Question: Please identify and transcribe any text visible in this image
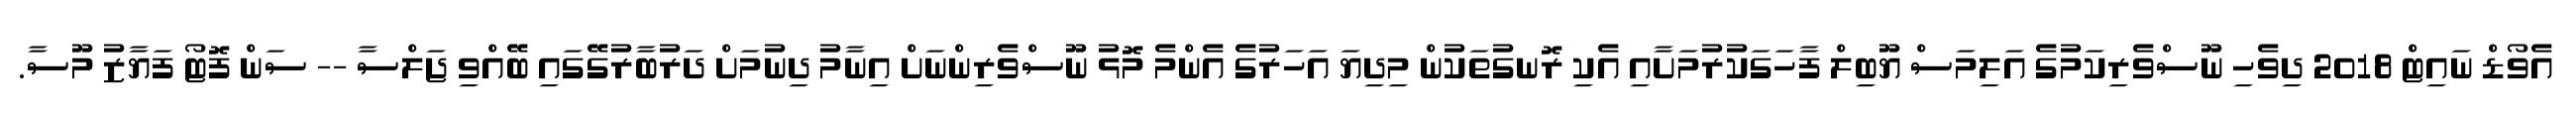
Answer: އެވޯޑް ނައިޓް 2018 ދިވެހި ނޫސްވެރިކަމުގެ އަލިމަސް ޔޫބިލް ފާހަގަކުރުމަށާއި އެކި ރޮނގުތަކުން މިދިޔަ އަހަރުގެ އެންމެ މޮޅު ނޫސްވެރިންނަށް އިނާމު ދިނުމަށް ދަރުބާރުގޭގައި ބޭއްވި ޖަލްސާ -- ސަން ފޮޓޯ ފަޔާޒު މޫސާ.